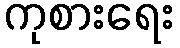
ကုစားရေး